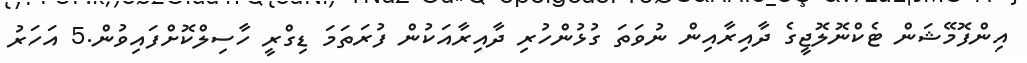
އިންފޮމޭޝަން ޓެކްނޮލޮޖީގެ ދާއިރާއިން ނުވަތަ ގުޅުންހުރި ދާއިރާއަކުން ފުރަތަމަ ޑިގްރީ ހާސިލްކޮށްފައިވުން.5 އަހަރު